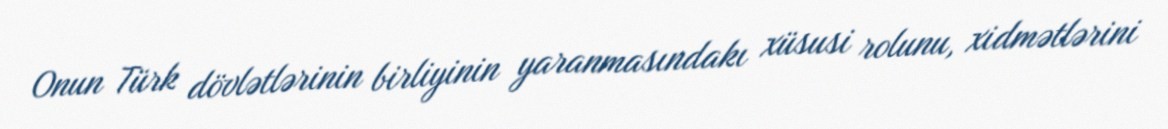
Onun Türk dövlətlərinin birliyinin yaranmasındakı xüsusi rolunu, xidmətlərini